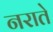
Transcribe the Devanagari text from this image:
नराते